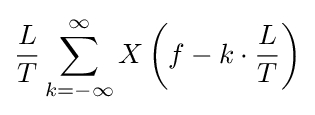
{\frac {L}{T}}\sum _{k=-\infty }^{\infty }X\left(f-k\cdot {\frac {L}{T}}\right)